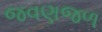
જવણજળ